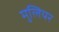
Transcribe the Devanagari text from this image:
मुलियर